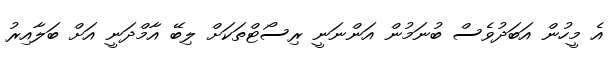
އެ މީހުން އަބަދުވެސް ބުނަމުން އަންނަނީ ރިސޯޓްތަކަށް ލިބޭ އާމްދަނީ އަށް ބަލާއިރު